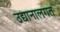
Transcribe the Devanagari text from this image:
उद्यानालगत